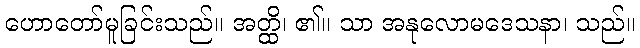
ဟောတော်မူခြင်းသည်။ အတ္ထိ၊ ၏။ သာ အနုလောမဒေသနာ၊ သည်။